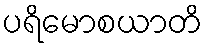
ပရိမောစယာတိ